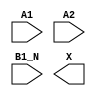
module sky130_fd_sc_hs__a21bo (
    //# {{data|Data Signals}}
    input  A1  ,
    input  A2  ,
    input  B1_N,
    output X
);

    // Voltage supply signals
    supply1 VPWR;
    supply0 VGND;

endmodule